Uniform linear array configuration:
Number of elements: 32
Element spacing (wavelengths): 1
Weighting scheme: uniform
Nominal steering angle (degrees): -15
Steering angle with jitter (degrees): -16.709
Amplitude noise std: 0.05
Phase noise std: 0.05

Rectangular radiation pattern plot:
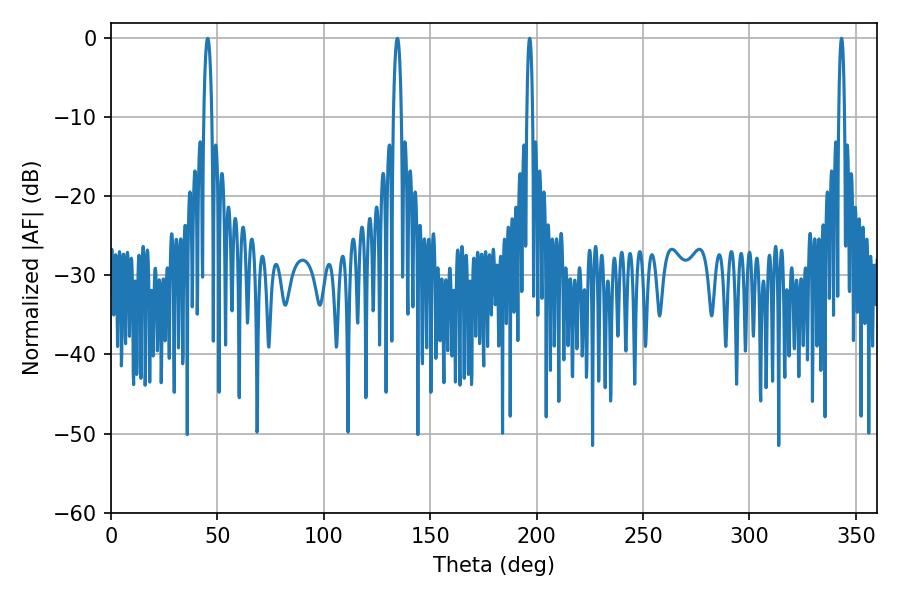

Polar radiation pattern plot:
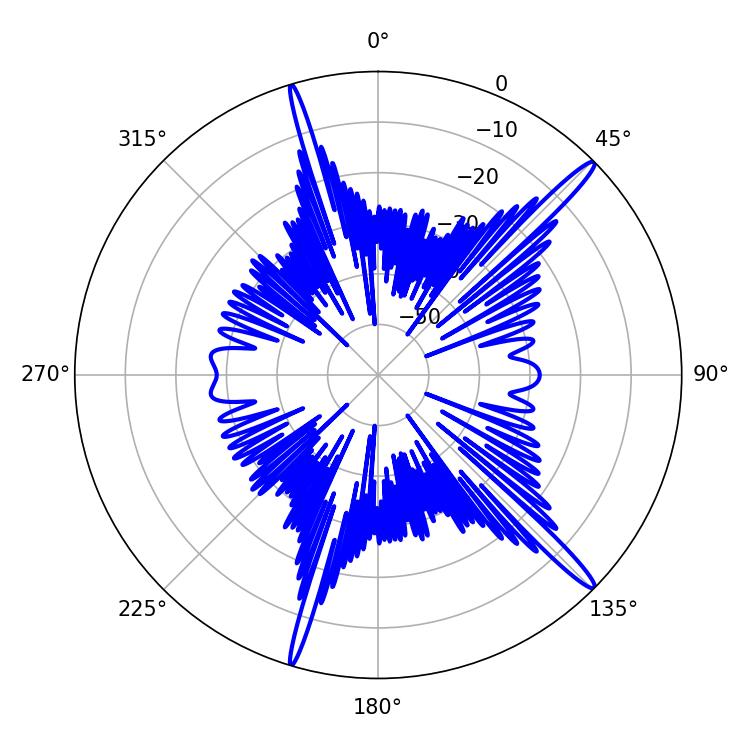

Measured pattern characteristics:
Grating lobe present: TRUE
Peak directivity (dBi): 16.621
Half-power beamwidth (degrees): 1.44
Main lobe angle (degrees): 196.74